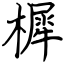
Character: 樨